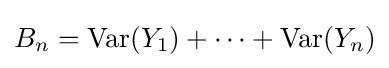
B_{n}=\operatorname {Var} (Y_{1})+\dots +\operatorname {Var} (Y_{n})